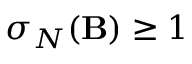
\sigma _ { \ensuremath { N } } ( \ensuremath { \mathbf { B } } ) \geq 1